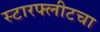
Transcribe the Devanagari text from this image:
स्टारफ्लीटचा